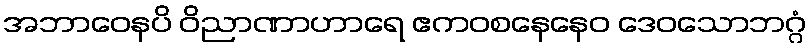
အဘာဝေနပိ ဝိညာဏာဟာရေ ဧကဝစနေနေဝ ဒေဝသောဘဂ္ဂံ